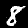
Digit: 8